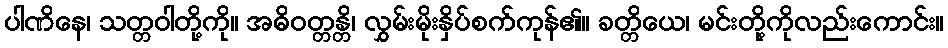
ပါဏိနေ၊ သတ္တဝါတို့ကို။ အဓိဝတ္တန္တိ၊ လွှမ်းမိုးနှိပ်စက်ကုန်၏။ ခတ္တိယေ၊ မင်းတို့ကိုလည်းကောင်း။